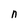
Character: n